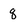
Character: q